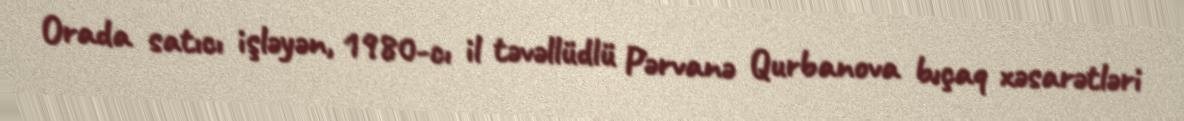
Orada satıcı işləyən, 1980-cı il təvəllüdlü Pərvanə Qurbanova bıçaq xəsarətləri